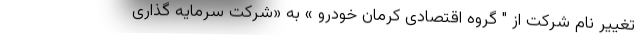
تغییر نام شرکت از " گروه اقتصادی کرمان خودرو » به «شرکت سرمایه گذاری